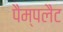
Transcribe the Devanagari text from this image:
पैम्पलैट